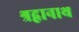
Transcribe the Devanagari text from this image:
श्रद्वानाथ